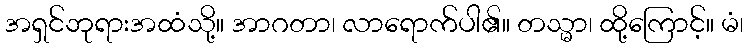
အရှင်ဘုရားအထံသို့။ အာဂတာ၊ လာရောက်ပါ၏။ တသ္မာ၊ ထို့ကြောင့်။ မံ၊